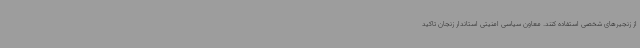
از زنجیرهای شخصی استفاده کنند. معاون سیاسی امنیتی استاندار زنجان تاکید